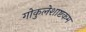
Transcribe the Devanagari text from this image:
गोकुलेशाष्टकम